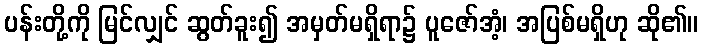
ပန်းတို့ကို မြင်လျှင် ဆွတ်ခူး၍ အမှတ်မရှိရာ၌ ပူဇော်အံ့၊ အပြစ်မရှိဟု ဆို၏။